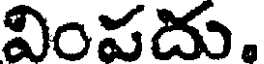
వింపదు.